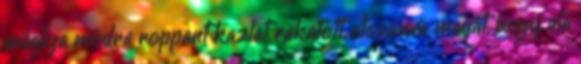
máglya módra roppant kazlat rakatott, elszánva magát, hogy alá